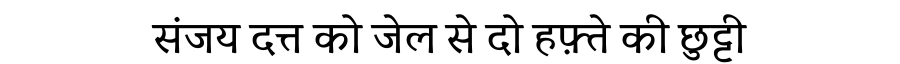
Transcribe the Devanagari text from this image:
संजय दत्त को जेल से दो हफ़्ते की छुट्टी